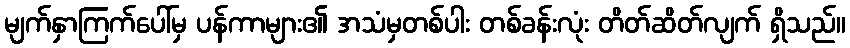
မျက်နှာကြက်ပေါ်မှ ပန်ကာများ၏ အသံမှတစ်ပါး တစ်ခန်းလုံး တိတ်ဆိတ်လျက် ရှိသည်။